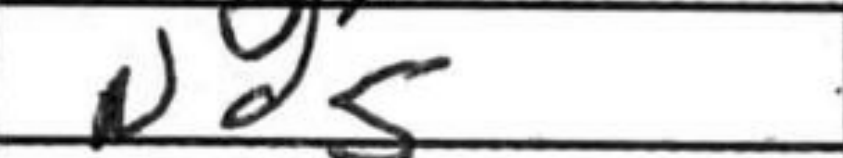
Transcription: Nd5